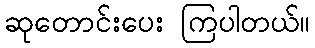
ဆုတောင်းပေး ကြပါတယ်။